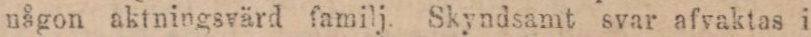
någon aktningsvärd familj. Skyndsamt svar afvaktas i